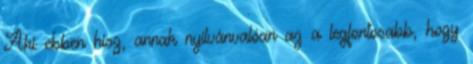
Aki ebben hisz, annak nyilvánvalóan az a legfontosabb, hogy